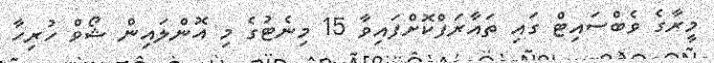
މީރާގެ ވެބްސައިޓް ގައި ތައާރަފްކޮށްފައިވާ 15 މިނެޓުގެ މި އޮންލައިން ޝޯވް ހުރިހާ